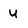
Character: u